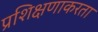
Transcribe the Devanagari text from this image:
प्रशिक्षणाकरता